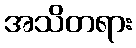
အသိတရား